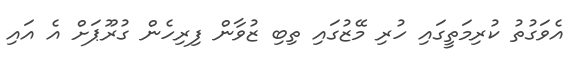
އެވަގުތު ކުރިމަތީގައި ހުރި މޭޒުގައި ތިބި ޒުވާން ފިރިހެން ގުރޫޕަށް އެ އައި